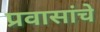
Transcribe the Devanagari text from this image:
प्रवासांचे